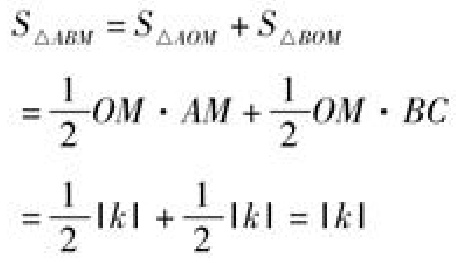
\[
\begin{align*}
S_{\triangle ABM}&=S_{\triangle AOM}+S_{\triangle BOM}\\
&=\frac{1}{2}OM\cdot AM+\frac{1}{2}OM\cdot BC\\
&=\frac{1}{2}|k|+\frac{1}{2}|k| = |k|
\end{align*}
\]